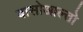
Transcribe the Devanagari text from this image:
बासोआल्तो